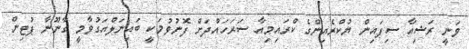
ވަނީ ރަޝިއާ ސިފައިން ޔުކްރެއިންގެ ކްރައިމިއާ ސަރަހައްދަށް ފޮނުވުމަކީ ބައިނަލްއަގުވާމީ ގާނޫނާ ޕުޓިން